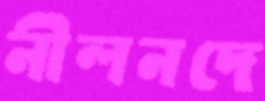
নীলনদে